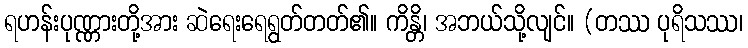
ရဟန်းပုဏ္ဏားတို့အား ဆဲရေးရေရွတ်တတ်၏။ ကိန္တိ၊ အဘယ်သို့လျင်။ (တဿ ပုရိသဿ၊